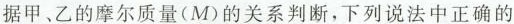
据甲、乙的摩尔质量(M)的关系判断，下列说法中正确的